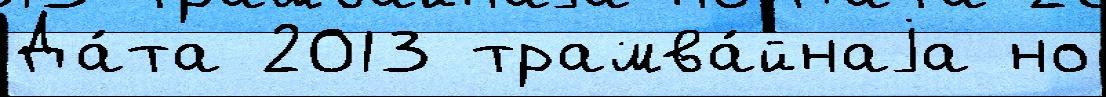
Да́та 2013 трамва́йнаjа но